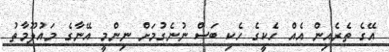
އޭގެ ތެރެއިން އެއް ހެކީގެ ހެކި ބަސް ނުނެގުމަށް ނިންމީ އޭނާގެ މައުލޫމާތު